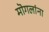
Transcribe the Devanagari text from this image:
मॊगलांना